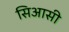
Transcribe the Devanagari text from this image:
सिआसी